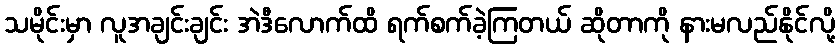
သမိုင်းမှာ လူအချင်းချင်း အဲဒီလောက်ထိ ရက်စက်ခဲ့ကြတယ် ဆိုတာကို နားမလည်နိုင်လို့